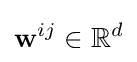
\mathbf {w} ^{ij}\in \mathbb {R} ^{d}